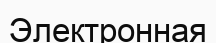
Электронная